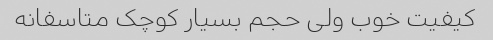
کیفیت خوب ولی حجم بسیار کوچک متاسفانه